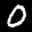
Label: 0